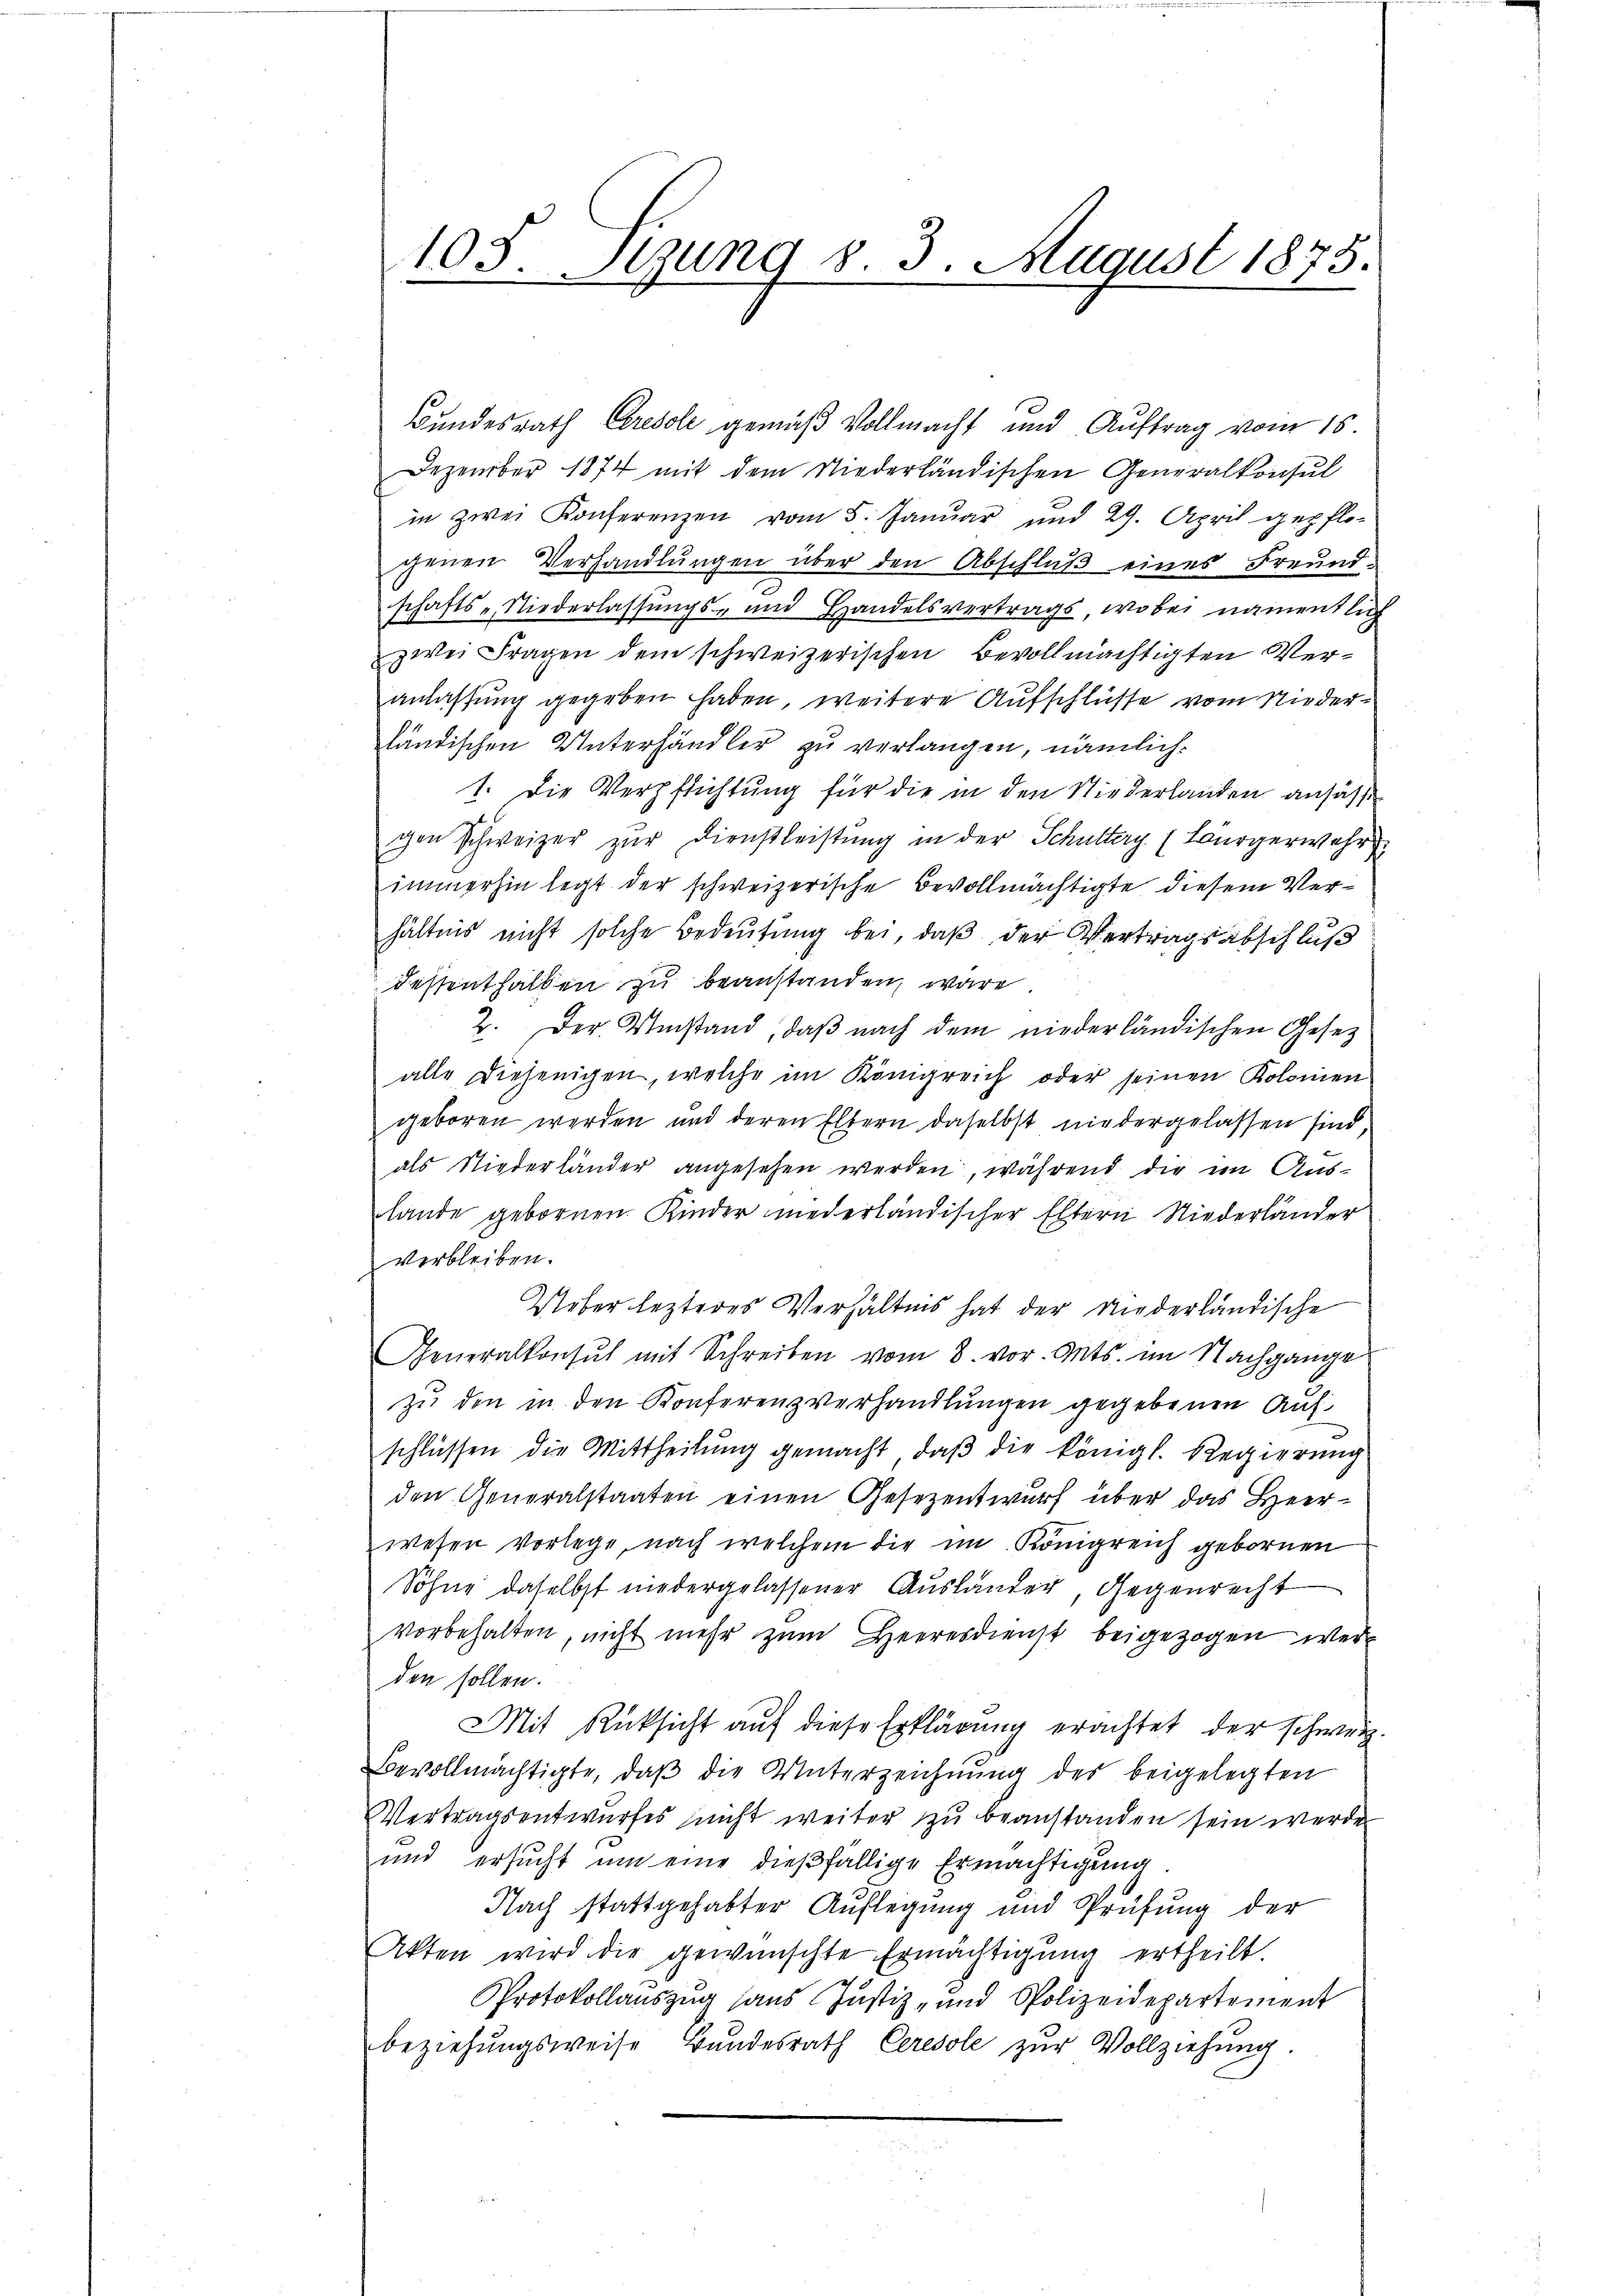
105. Sezung 8. 3. August 1875.

Bundesrath Ceresole gemäß Vollmacht und Auftrag vom 15.
Dezember 1874 mit dem Niederländischen Generalkonsul
in zwei Konferenzen vom 5. Januar und 29. April gepflo-
genen Verhandlŭngen über den Abschlaβ eines Freund-
schafts-, Niederlassungs- und Handelsvertrags, wobei namentlich
zwei Fragen dem schweizerischen Bevollmächtigten Veranlassung gegeben haben, weitere Aufschlüsse vom Niederländischen Unterhändler zu verlangen, nämlich¬
1. Die Verpfrichtung für die in den Niederlanden ansässe
gen Schweizer zur Dienstleistung in der Schultery (Bürgerwehr
immerhin legt der schweizerische Bevollmächtigte diesem Verhältnis nicht solche Bedeutung bei, daß der Vertragsabschluß
dessenthalten zu beanstanden, wäre.
2. Der Umstand, daß nach dem niederländischen Gesetz
alle diejenigen, welche im Königreich oder seinen Kolomen
geboren werden und deren Eltern daselbst niedergelassen sind,
als Niederländer angesehen werden, während die im Auslande gebornen Kinder niederländischer Eltern Niederländer
verbleiben.
Ueber lezteres Verhältnis hat der Niederländische
Generalkonsŭt mit Schreiben vom 8. vor. Mts. im Nachgange
zu den in den Konferenzverhandlungen gegebenen Aufschlüssen die Mittheilung gemacht, daß die königl. Regierung
den Generalstaaten einen Gesezentwurf über das Heer-
wesen vorlege, nach welchem die im Königreich gebornen
Söhne daselbst niedergelassener Ausländer, Gegenrecht
vorbehalten, nicht mehr zŭm Heeresdienst beigezogen werden sollen.
Mit Rücksicht auf diese Erklärung erachtet der schweiz.
Bevollmächtigte, daβ die Unterzeichnŭng der beigelegten
Vertragsentwurfes nicht weiter zu beanstanden sein werde
und ersucht um eine dießfällige Ermächtigung
Nach stattgehabter Auflegung und Prüfung der
Akten wird die gewünschte Ermächtigŭng ertheilt.
Protokollauszug aus Justiz- und Polizeidepartement
beziehŭngsweise Bŭndesrath Ceresole zŭr Vollziehŭng.